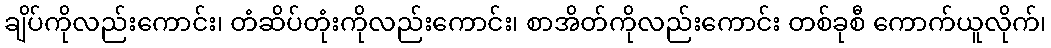
ချိပ်ကိုလည်းကောင်း၊ တံဆိပ်တုံးကိုလည်းကောင်း၊ စာအိတ်ကိုလည်းကောင်း တစ်ခုစီ ကောက်ယူလိုက်၊